Report on enteric fever
Disease focus: Fever
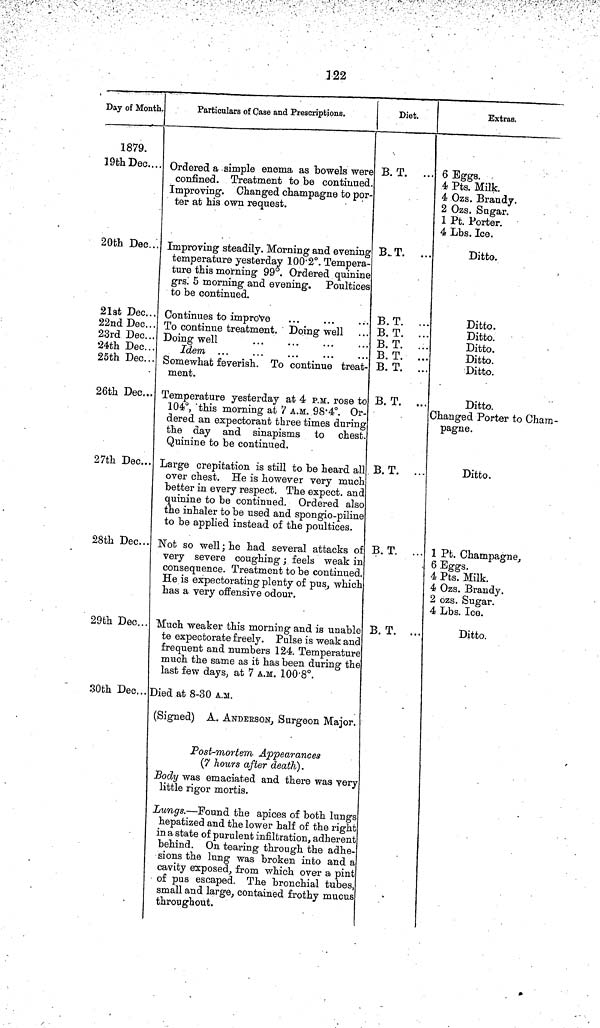
122
Day of Month.
1879.
19th Dec....
20th Dec...
21st Dec...
22nd Dec...
23rd Dec...
24th Dec ..
25th Dec...
26th Dec...
27th Dec...
28th Dec...
29th Dec...
30th Dec..
Particulars of Case and Prescriptions.
Ordered a simple enema as bowels were
confined. Treatment to be continued.
Improving. Changed champagne to por-
ter at his own request.
Improving steadily. Morning and evening
temperature yesterday 100 2°. Tempera-
ture this morning 99°. Ordered quinine
grs. 5 morning and evening. Poultices
to be continued.
Continues to improve
To continue treatment. Doing well
Doing well
Idem ...
Somewhat feverish. To continue treat-
ment.
Temperature yesterday at 4 P.M. rose to
104°, this morning at 7 A.M. 98 4°. Or-
dered an expectorant three times during
the day and sinapisms to chest.
Quinine to be continued.
Large crepitation is still to be heard all
over chest. He is however very much
better in every respect. The expect. and
quinine to be continued. Ordered also
the inhaler to be used and spongio piline
to be applied instead of the poultices.
Not so well ; he had several attacks of
very severe coughing ; feels weak in
consequence. Treatment to be continued
He is expectorating plenty of pus, which
has a very offensive odour.
Much weaker this morning and is unable
te expectorate freely. Pulse is weak and
frequent and numbers 124. Temperature
much the same as it has been during the
last few days, at 7 A.M. 100 8°.
Died at 8 30 A.M.
(Signed) A. ANDEKSON, Surgeon Major.
Post mortem Appearances
(7 hours after death).
Body was emaciated and there was very
little rigor mortis.
Lungs.—Found the apices of both lung
hepatized and the lower half of the right
in a state of purulent infiltration, adheren
behind. On tearing through the adhe
sions the lung was broken into and a
cavity exposed, from which over a pint
of pus escaped. The bronchial tubes
small and large, contained frothy mucus
throughout.
Diet.
B. T. ...
B. T. ...
B. T. ...
B. T. ...
B. T. ...
B. T. ...
B. T. ...
B. T. ...
B. T. ...
B. T. ...
B. T. ...
Extras.
6 Eggs.
4 Pts. Milk.
4 Ozs. Brandy.
2 Ozs. Sugar.
1 Pt. Porter.
4 Lbs. Ice.
Ditto.
Ditto.
Ditto.
Ditto.
Ditto.
Ditto.
Ditto.
Changed Porter to Cham-
pagne.
Ditto.
1 Pt. Champagne,
6 Eggs.
4 Pts. Milk.
4 Ozs. Brandy.
2 ozs. Sugar.
4 Lbs. Ice.
Ditto.
,